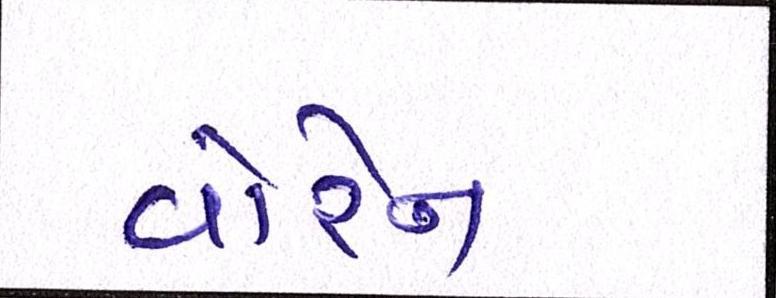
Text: વોરેન